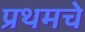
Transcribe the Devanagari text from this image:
प्रथमचे